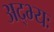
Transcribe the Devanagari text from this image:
अद्भ्यः